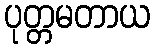
ပုတ္တမတာယ